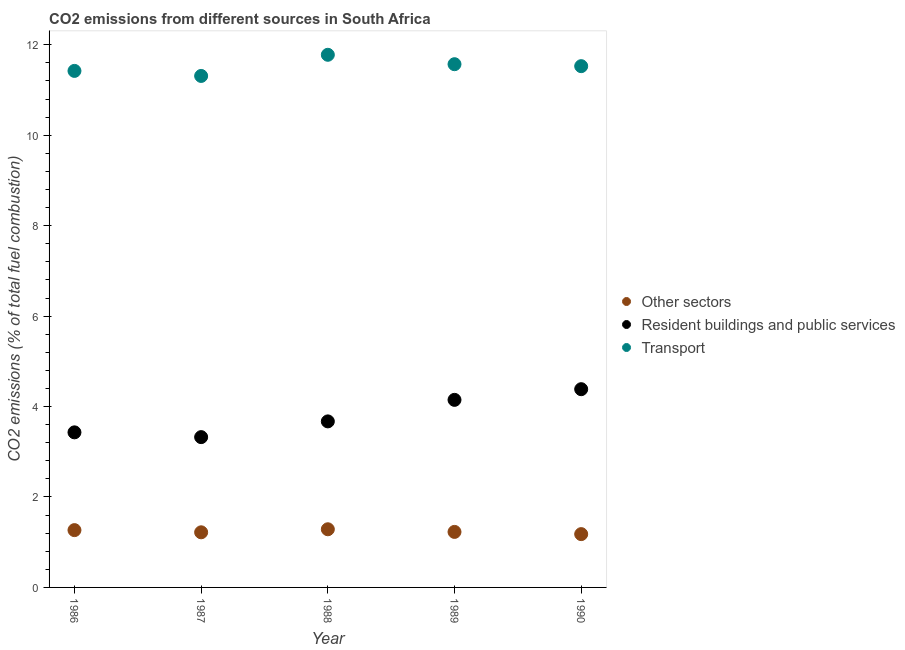
| Year | Other sectors | Resident buildings and public services | Transport |
 | --- | --- | --- | --- |
 | 1986 | 1.27 | 3.43 | 11.4 |
 | 1987 | 1.22 | 3.32 | 11.3 |
 | 1988 | 1.29 | 3.67 | 11.8 |
 | 1989 | 1.23 | 4.15 | 11.6 |
 | 1990 | 1.18 | 4.38 | 11.5 |